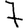
Digit: 7